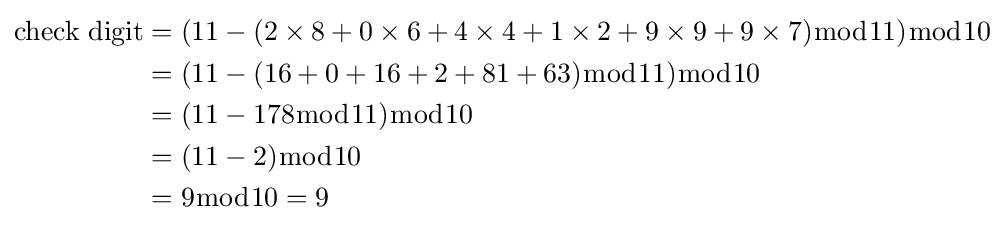
{\begin{aligned}{\mbox{check digit}}&=(11-(2\times 8+0\times 6+4\times 4+1\times 2+9\times 9+9\times 7){\bmod {1}}1){\bmod {1}}0\\&=(11-(16+0+16+2+81+63){\bmod {1}}1){\bmod {1}}0\\&=(11-178{\bmod {1}}1){\bmod {1}}0\\&=(11-2){\bmod {1}}0\\&=9{\bmod {1}}0=9\end{aligned}}